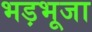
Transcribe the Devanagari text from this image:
भड़भूजा